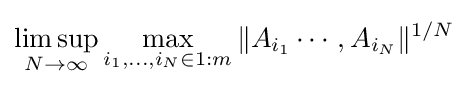
\limsup _{N\to \infty }\max _{i_{1},\dots ,i_{N}\in 1:m}\|A_{i_{1}}\cdots ,A_{i_{N}}\|^{1/N}